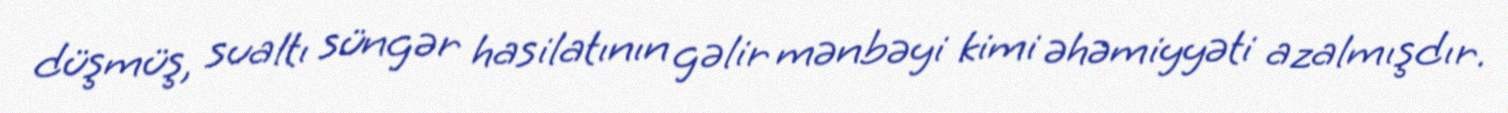
düşmüş, sualtı süngər hasilatının gəlir mənbəyi kimi əhəmiyyəti azalmışdır.